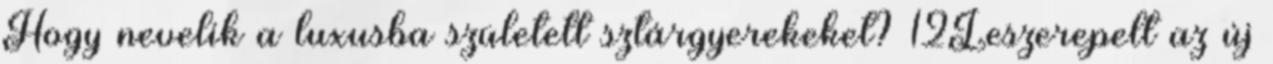
Hogy nevelik a luxusba született sztárgyerekeket? 12Leszerepelt az új